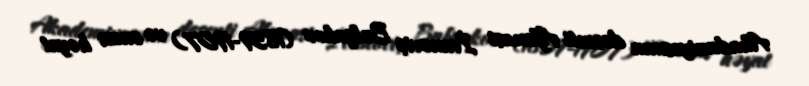
Akademiyasının dosenti Afanasi İvanoviç Bulqakov (1859-1907) və onun həyat